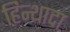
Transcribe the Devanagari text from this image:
हिन्थादा